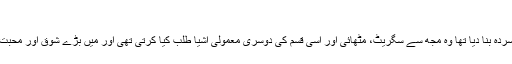
‘‘
ظاہر ہے کہ ان باتوں نے مجھے بے حد افسردہ بنا دیا تھا وہ مجھ سے سگریٹ، مٹھائی اور اسی قسم کی دوسری معمولی اشیا طلب کیا کرتی تھی اور میں بڑے شوق اور محبت سے اس کی یہ خواہش پوری کیا کرتا تھا۔